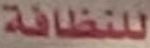
للنظافة